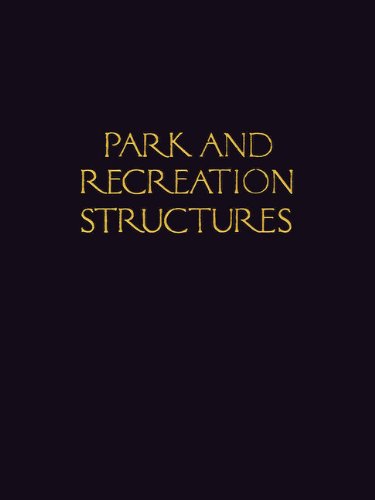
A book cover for Park and Recreation Structures; Albert Good; Arts & Photography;